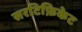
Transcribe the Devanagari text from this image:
सरटिफ़िकेट